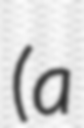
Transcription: (a